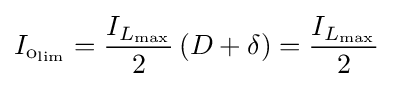
I_{{\text{o}}_{\text{lim}}}={\frac {I_{L_{\text{max}}}}{2}}\left(D+\delta \right)={\frac {I_{L_{\text{max}}}}{2}}